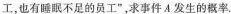
工，也有睡眠不足的员工”，求事件A发生的概率。